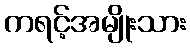
ကရင့်အမျိုးသား